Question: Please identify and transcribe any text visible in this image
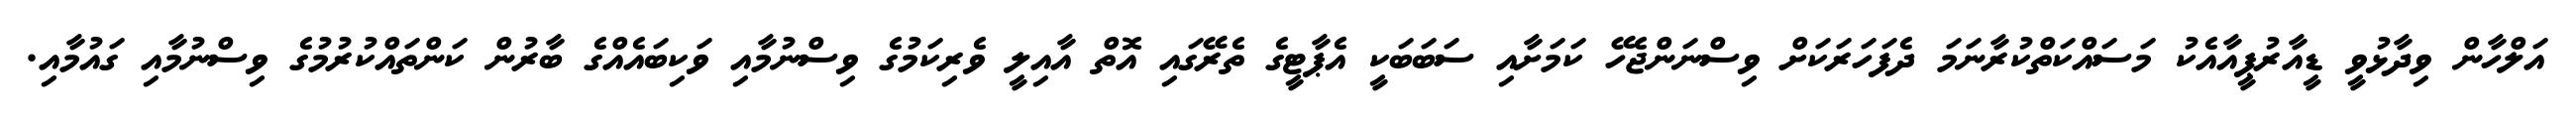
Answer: އަލްހާން ވިދާޅުވީ ޑީއާރުޕީއާއެކު މަސައްކަތްކުރާނަމަ ދެފަހަރަކަށް ވިސްނަންޖެހޭ ކަމަށާއި ސަބަބަކީ އެޕާޓީގެ ތެރޭގައި އޮތް އާއިލީ ވެރިކަމުގެ ވިސްނުމާއި ވަކިބައެއްގެ ބާރުން ކަންތައްކުރުމުގެ ވިސްނުމާއި ގައުމާއި.